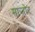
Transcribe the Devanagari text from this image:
माजोर